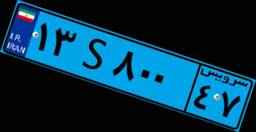
۱۳S۸۰۰۴۷